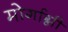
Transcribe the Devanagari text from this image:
मोर्गाग्नी